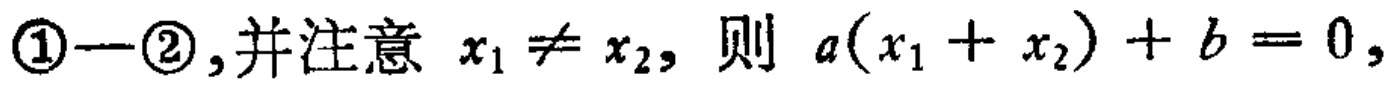
\textcircled{1}-\textcircled{2},并注意 \(x_1 \neq x_2\), 则 \(a(x_1 + x_2)+b = 0\),